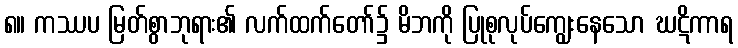
၈။ ကဿပ မြတ်စွာဘုရား၏ လက်ထက်တော်၌ မိဘကို ပြုစုလုပ်ကျွေးနေသော ဃဋိကာရ